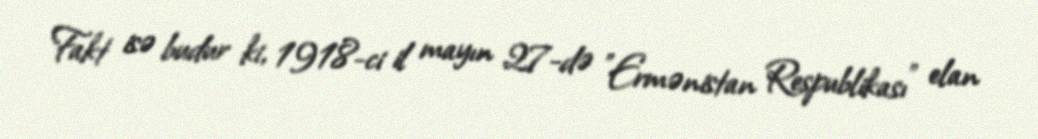
Fakt isə budur ki, 1918-ci il mayın 27-də "Ermənistan Respublikası" elan